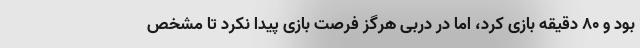
بود و ۸۰ دقیقه بازی کرد، اما در دربی هرگز فرصت بازی پیدا نکرد تا مشخص